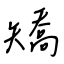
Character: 矯